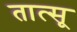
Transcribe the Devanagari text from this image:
तात्सू